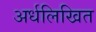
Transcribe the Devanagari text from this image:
अर्धलिखित